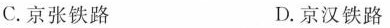
C.京张铁路 D.京汉铁路